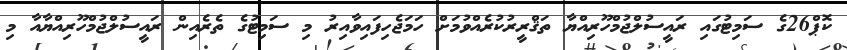
ކޮޕް26ގެ ސަމިޓުގައި ރައީސުލްޖުމްހޫރިއްޔާ ތަޤްރީރުކުރެއްވުމަށް ހަމަޖެހިފައިވާއިރު މި ސަމިޓުގެ ތެރެއިން ރައީސުލްޖުމްހޫރިއްޔާއާ މި